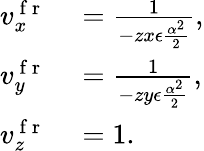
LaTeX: \begin{array}{rl}{v_{x}^{\mathrm{~f~r~}}}&{{}=\frac{1}{-zx\epsilon\frac{\alpha^{2}}{2}},}\\ {v_{y}^{\mathrm{~f~r~}}}&{{}=\frac{1}{-zy\epsilon\frac{\alpha^{2}}{2}},}\\ {v_{z}^{\mathrm{~f~r~}}}&{{}=1.}\end{array}